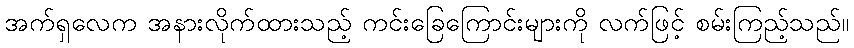
အက်ရှလေက အနားလိုက်ထားသည့် ကင်းခြေကြောင်းများကို လက်ဖြင့် စမ်းကြည့်သည်။